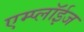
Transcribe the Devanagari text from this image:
एम्प्लॉईज